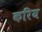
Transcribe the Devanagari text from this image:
करिय